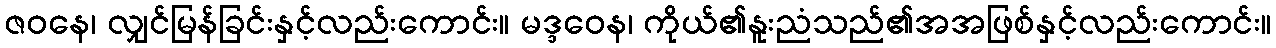
ဇဝနေ၊ လျှင်မြန်ခြင်းနှင့်လည်းကောင်း။ မဒ္ဒဝေန၊ ကိုယ်၏နူးညံသည်၏အအဖြစ်နှင့်လည်းကောင်း။